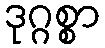
ဒုဂ္ဂစ္စာ